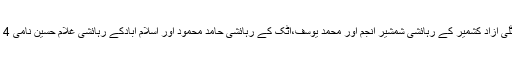
جبکہ موقع پر موجود کوٹلی آزاد کشمیر کے رہائشی شمشیر انجم اور محمد یوسف،اٹک کے رہائشی حامد محمود اور اسلام آبادکے رہائشی غلام حسین نامی 4 ملزمان کو گرفتار کر لیا۔